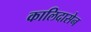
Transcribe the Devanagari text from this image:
कालिदासेन